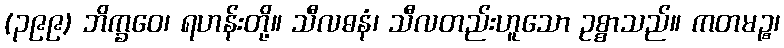
(၃၉၉) ဘိက္ခဝေ၊ ရဟန်းတို့။ သီလဓနံ၊ သီလတည်းဟူသော ဥစ္စာသည်။ ကတမဉ္စ၊